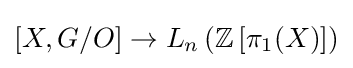
[X,G/O]\to L_{n}\left(\mathbb {Z} \left[\pi _{1}(X)\right]\right)